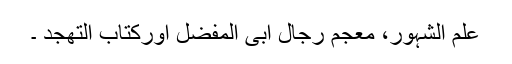
علم الشہور، معجم رجال ابی المفضل اورکتاب التھجد ۔